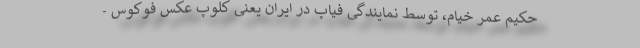
حکیم عمر خیام، توسط نمایندگی فیاپ در ایران یعنی کلوپ عکس فوکوس -